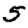
Digit: 5